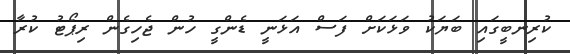
ކުރިނބީގައި ބަޔަކު ވަޅަކަށް ފަސް އަޅަނީ ޑެންގީ ހުން ޖެހިގެން ރިޕޯޓު ކުރާ